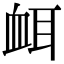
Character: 衈